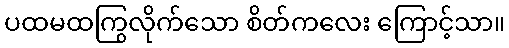
ပထမထကြွလိုက်သော စိတ်ကလေး ကြောင့်သာ။